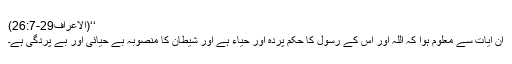
‘‘(الاعراف29-26:7)
ان آیات سے معلوم ہوا کہ اللہ اور اس کے رسول کا حکم پردہ اور حیاء ہے اور شیطان کا منصوبہ بے حیائی اور بے پردگی ہے۔